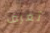
تعرف